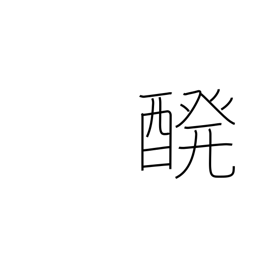
Meaning: brewing